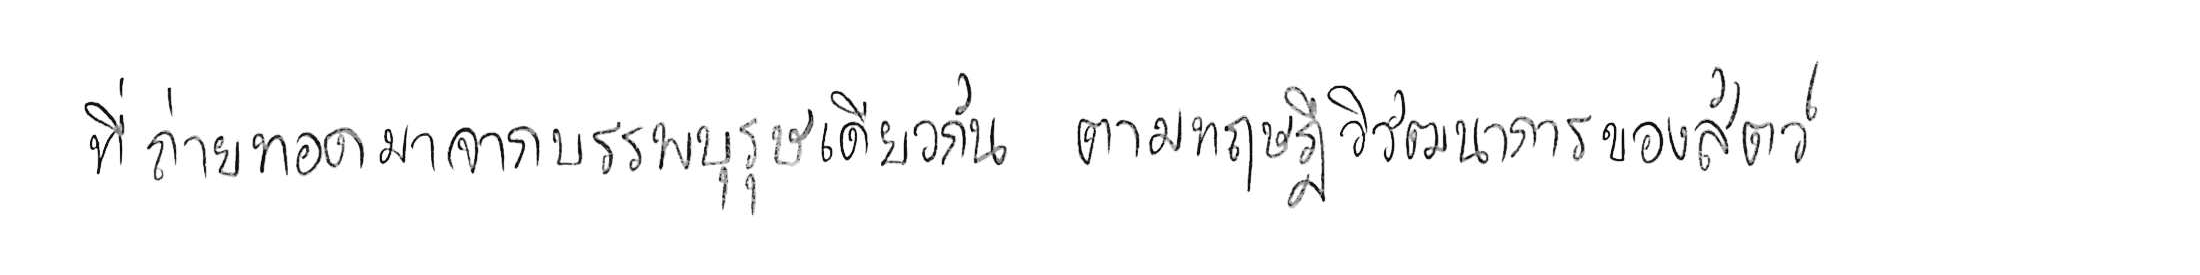
ที่ถ่ายทอดมาจากบรรพบุรุษเดียวกัน ตามทฤษฎีวิวัฒนาการของสัตว์